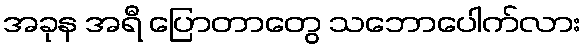
အခုန အရီ ပြောတာတွေ သဘောပေါက်လား